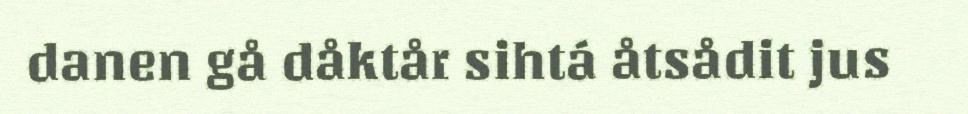
danen gå dåktår sihtá åtsådit jus